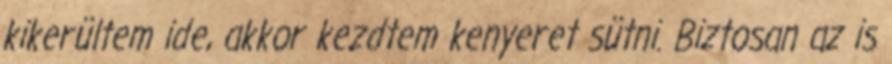
kikerültem ide, akkor kezdtem kenyeret sütni. Biztosan az is